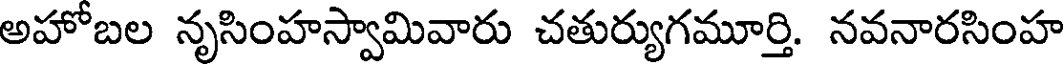
అహోబల నృసింహస్వామివారు చతుర్యుగమూర్తి. నవనారసింహ